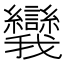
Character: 𪭗